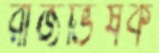
রাজভিষক